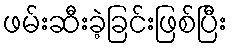
ဖမ်းဆီးခဲ့ခြင်းဖြစ်ပြီး